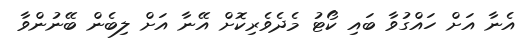
އެނާ އަށް ހައްގުވާ ބައި ކޯޓު މެދެވެރިކޮށް އޭނާ އަށް ލިބެން ބޭނުންވާ